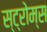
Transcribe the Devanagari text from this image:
स्ट्रोम्स